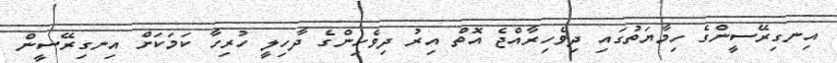
އިނގިރޭސީންގެ ހިމާޔަތުގައި ދިވެހިރާއްޖެ އޮތް އިރު ދިވެހިންގެ ދާހިލީ ހުރިހާ ކަމަކަށް އިނގިރޭސީން